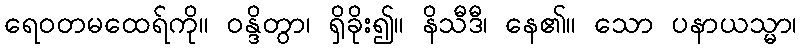
ရေဝတမထေရ်ကို။ ဝန္ဒိတွာ၊ ရှိခိုး၍။ နိသီဒီ၊ နေ၏။ သော ပနာယသ္မာ၊